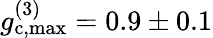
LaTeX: g_{\mathrm{c,max}}^{(3)}=0.9\pm 0.1